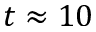
t \approx 1 0